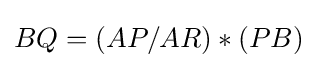
BQ=(AP/AR)*(PB)